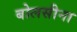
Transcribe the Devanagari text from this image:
बोलसीना